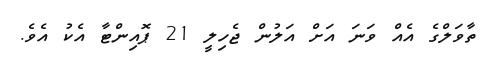
ތާވަލްގެ އެއް ވަނަ އަށް އަލުން ޖެހިލީ 21 ޕޮއިންޓާ އެކު އެވެ.